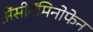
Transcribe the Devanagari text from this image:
ॲेसीटॅमिनोफेन